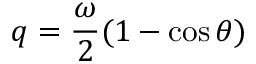
q = \frac { \omega } { 2 } ( 1 - \cos \theta )